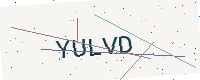
Text: YULVD